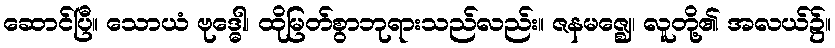
ဆောင်ပြီ။ သောယံ ဗုဒ္ဓေါ၊ ထိုမြတ်စွာဘုရားသည်လည်း။ ဇနမဇ္ဈေ၊ လူတို့၏ အလယ်၌။